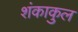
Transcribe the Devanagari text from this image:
शंकाकुल